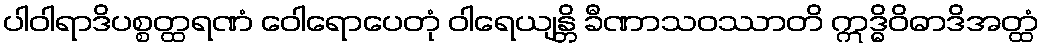
ပါဝါရာဒိပစ္စတ္ထရဏံ ဝေါရောပေတုံ ဝါရေယျန္တိ ခီဏာသဝဿာတိ ဣဒ္ဓိဝိဓာဒိအတ္ထံ